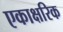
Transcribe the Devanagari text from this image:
एकाक्षरिक